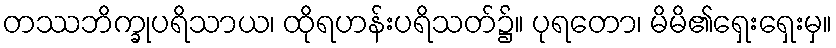
တဿဘိက္ခုပရိသာယ၊ ထိုရဟန်းပရိသတ်၌။ ပုရတော၊ မိမိ၏ရှေးရှေးမှ။